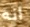
انه